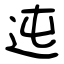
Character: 迍